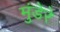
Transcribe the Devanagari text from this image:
मुंडेरे